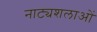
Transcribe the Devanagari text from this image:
नाट्यशलाओं